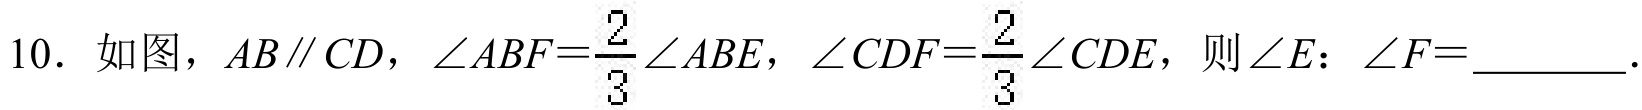
10. 如图，\(AB\parallel CD\)，\(\angle ABF = \dfrac{2}{3}\angle ABE\)，\(\angle CDF=\dfrac{2}{3}\angle CDE\)，则\(\angle E:\angle F = \_\_\_\_\_\)。